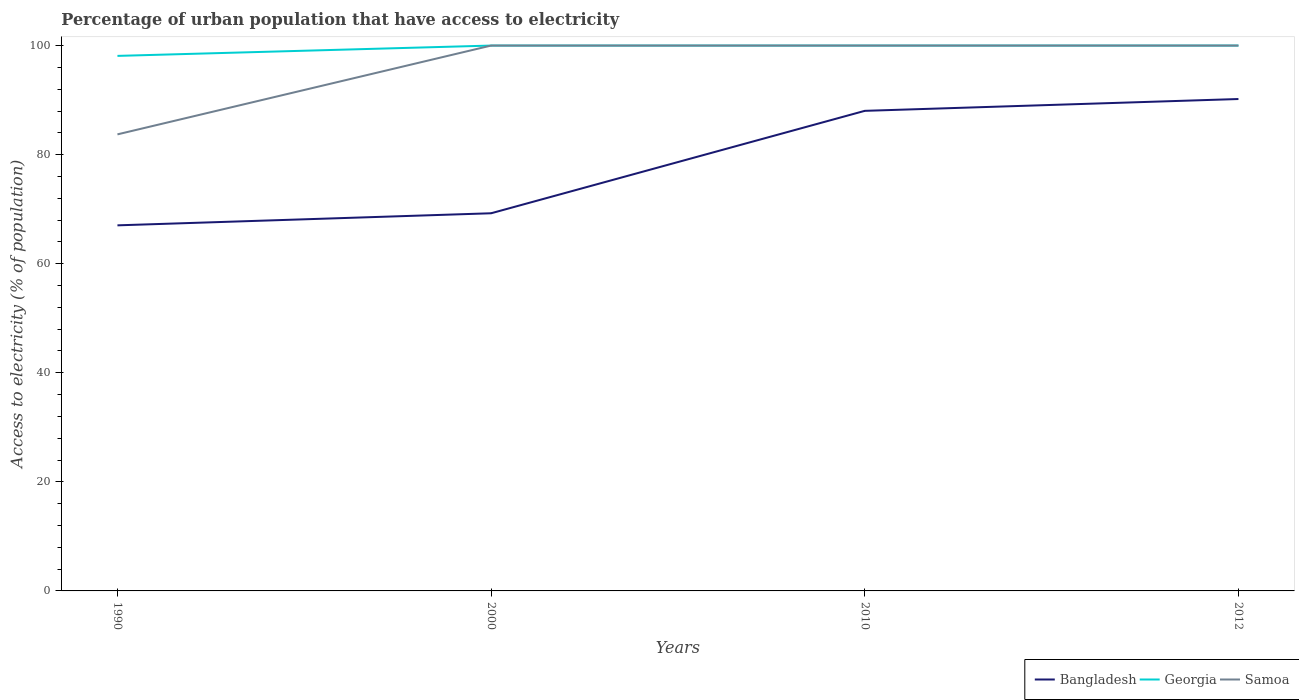
| Years | Bangladesh | Georgia | Samoa |
 | --- | --- | --- | --- |
 | 1990 | 67 | 98.1 | 83.7 |
 | 2000 | 69.2 | 100 | 100 |
 | 2010 | 88 | 100 | 100 |
 | 2012 | 90.2 | 100 | 100 |